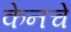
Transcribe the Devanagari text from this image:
केनचे